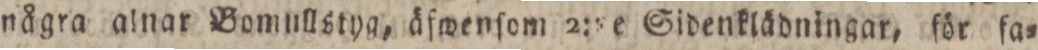
några alnar Bomullstyg, äfwenſom 2:te Sidenklädningar, för fa=